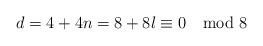
LaTeX: \begin{align*}d=4+4n=8+8l\equiv 0 \mod 8\end{align*}